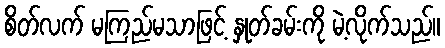
စိတ်လက် မကြည်မသာဖြင့် နှုတ်ခမ်းကို မဲ့လိုက်သည်။